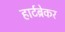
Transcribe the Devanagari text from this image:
हार्टब्रेकर